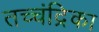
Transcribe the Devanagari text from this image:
तच्‍चंद्रिका